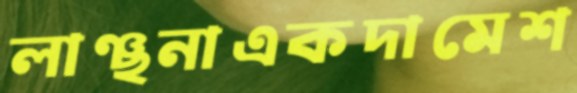
লাঞ্ছনাএকদামেশ